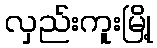
လှည်းကူးမြို့